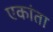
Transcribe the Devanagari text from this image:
एकांता